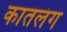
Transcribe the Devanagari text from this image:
कातलंग